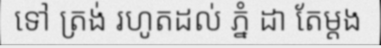
ទៅ ត្រង់ រហូតដល់ ភ្នំ ដា តែម្តង